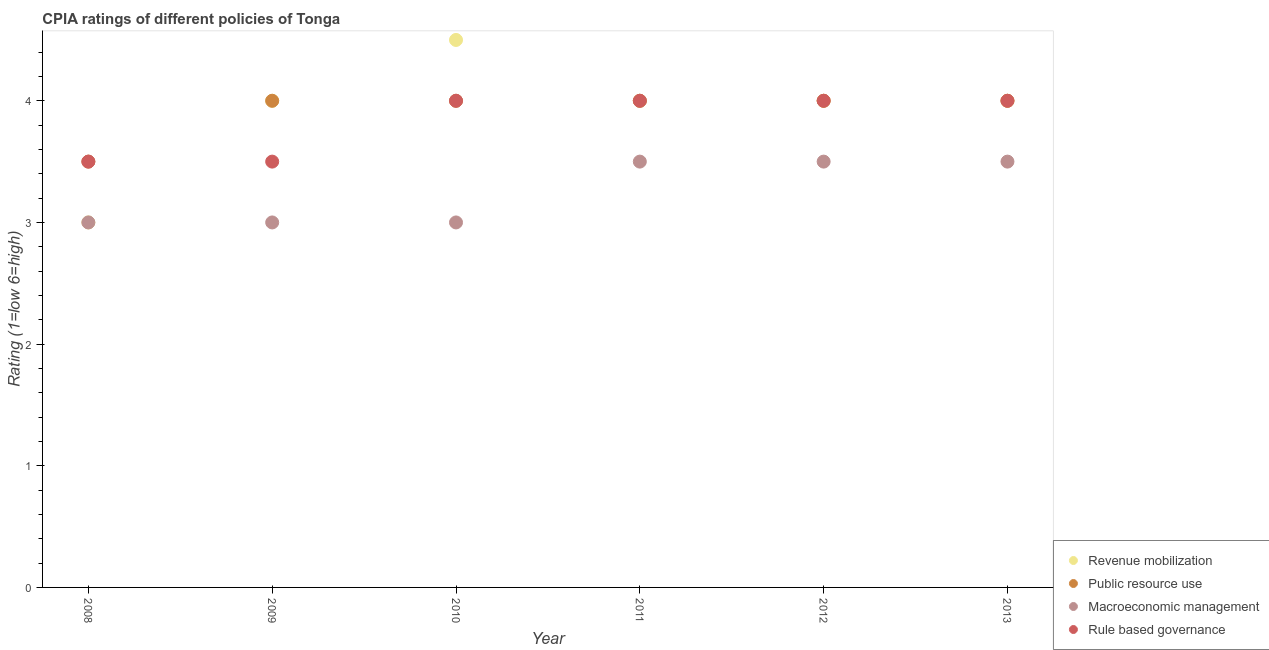
| Year | Revenue mobilization | Public resource use | Macroeconomic management | Rule based governance |
 | --- | --- | --- | --- | --- |
 | 2008 | 3 | 3.5 | 3 | 3.5 |
 | 2009 | 4 | 4 | 3 | 3.5 |
 | 2010 | 4.5 | 4 | 3 | 4 |
 | 2011 | 4 | 4 | 3.5 | 4 |
 | 2012 | 4 | 4 | 3.5 | 4 |
 | 2013 | 4 | 4 | 3.5 | 4 |